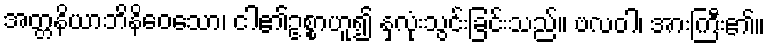
အတ္တနိယာဘိနိဝေသော၊ ငါ၏ဥစ္စာဟူ၍ နှလုံးသွင်းခြင်းသည်။ ဗလဝါ၊ အားကြီး၏။